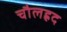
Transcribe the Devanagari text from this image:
चौलह्रद